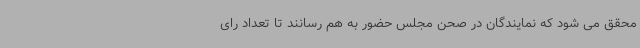
محقق می شود که نمایندگان در صحن مجلس حضور به هم رسانند تا تعداد رای